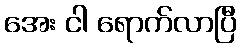
အေး ငါ ရောက်လာပြီ